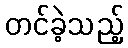
တင်ခဲ့သည့်